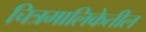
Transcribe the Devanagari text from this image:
चित्रमालिकेतील